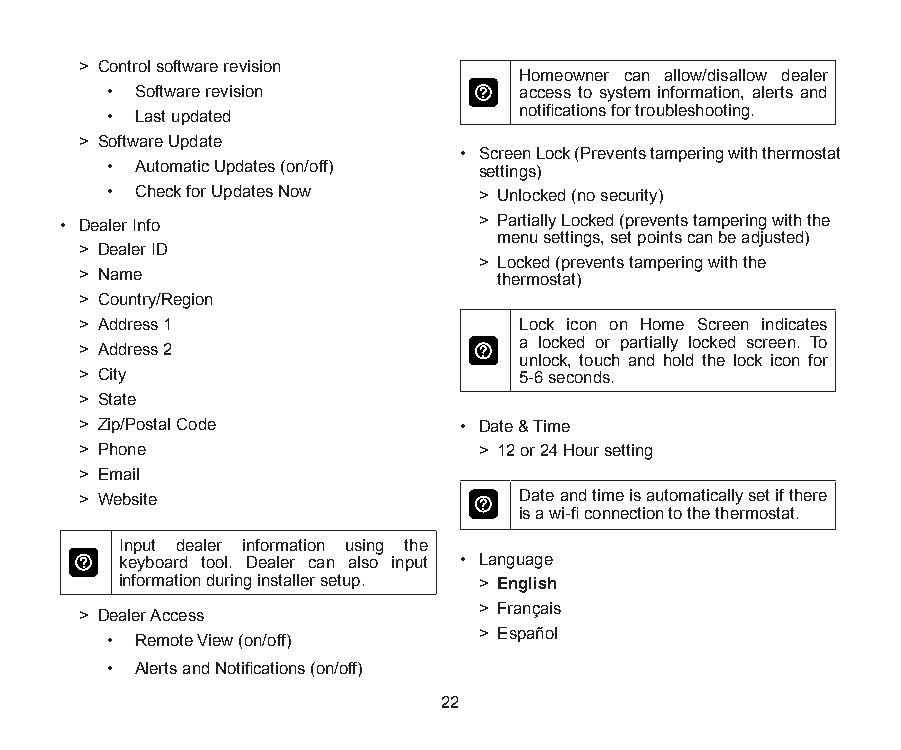
> Control software revision
 Homeowner can allow/disallow dealer
 • Software revision        access to system information, alerts and
 • Last updated             notifications for troubleshooting.
 > Software Update
 • Screen Lock (Prevents tampering with thermostat
 • Automatic Updates (on/off) settings)
 • Check for Updates Now  > Unlocked (no security)
 • Dealer Info               > Partially Locked (prevents tampering with the
 menu settings, set points can be adjusted)
 > Dealer ID
 > Locked (prevents tampering with the
 > Name                      thermostat)
 > Country/Region
 > Address 1                  Lock icon on Home Screen indicates
 a locked or partially locked screen. To
 > Address 2
 unlock, touch and hold the lock icon for
 > City                       5-6 seconds.
 > State
 > Zip/Postal Code        • Date & Time
 > Phone                    > 12 or 24 Hour setting
 > Email
 > Website                    Date and time is automatically set if there
 is a wi-fi connection to the thermostat.
 Input dealer information using the
 keyboard tool. Dealer can also input • Language
 information during installer setup. > English
 > Français
 > Dealer Access
 > Español
 • Remote View (on/off)
 • Alerts and Notifications (on/off)
 22